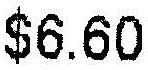
$6.60